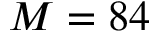
M = 8 4